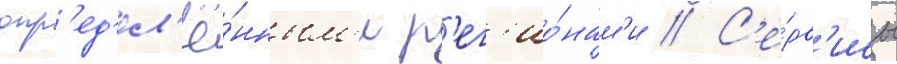
опр'ед'ел'ё́нным'и р'ег'ио́нам'и // С'е́рв'исы